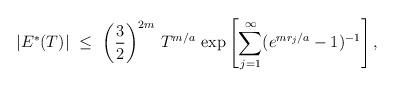
LaTeX: \begin{align*}|E^*(T)| \ \le \ \left(\frac{3}{2}\right)^{2m} \, T^{m/a} \, \exp \left[\sum_{j = 1}^\infty (e^{m r_j/a}-1)^{-1}\right],\end{align*}